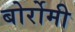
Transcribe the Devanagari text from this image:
बोर्रोमी